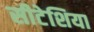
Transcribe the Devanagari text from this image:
सीटेशिया